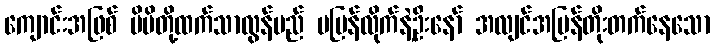
ကျောင်းအဖြစ် မိမိတို့ထက်သာလွန်မည် မပြန်လိုက်နဲ့ဦးနော် အလျင်အမြန်တိုးတက်နေသော